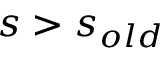
s > s _ { o l d }